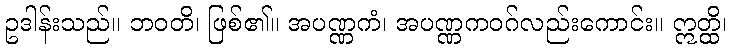
ဥဒါန်းသည်။ ဘဝတိ၊ ဖြစ်၏။ အပဏ္ဏကံ၊ အပဏ္ဏကဝဂ်လည်းကောင်း။ ဣတ္ထိ၊